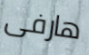
هارفى